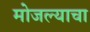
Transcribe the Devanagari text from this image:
मोजल्याचा